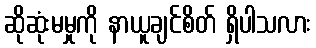
ဆိုဆုံးမမှုကို နာယူချင်စိတ် ရှိပါသလား